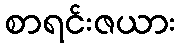
စာရင်းဇယား